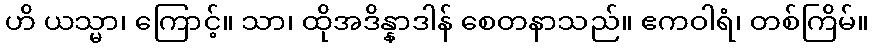
ဟိ ယသ္မာ၊ ကြောင့်။ သာ၊ ထိုအဒိန္နာဒါန် စေတနာသည်။ ဧကဝါရံ၊ တစ်ကြိမ်။